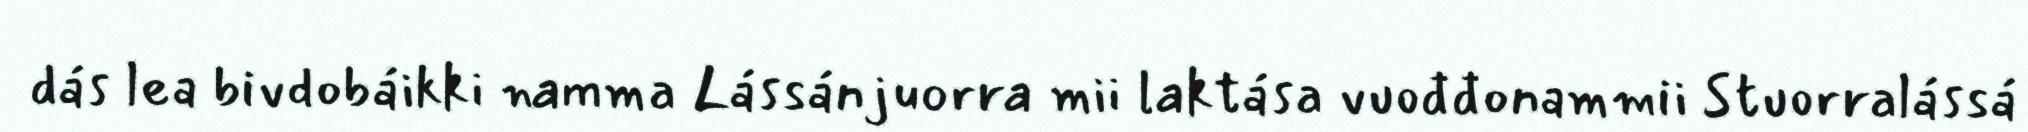
dás lea bivdobáikki namma Lássánjuorra mii laktása vuođđonammii Stuorralássá